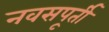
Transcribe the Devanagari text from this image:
नवसपूर्ती